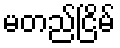
မတည်ငြိမ်